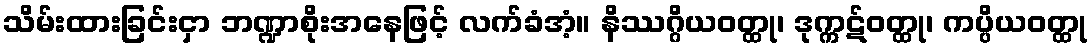
သိမ်းထားခြင်းငှာ ဘဏ္ဍာစိုးအနေဖြင့် လက်ခံအံ့။ နိဿဂ္ဂိယဝတ္ထု၊ ဒုက္ကဋ်ဝတ္ထု၊ ကပ္ပိယဝတ္ထု